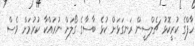
ހާފްގެ ކުރީކޮޅު ޗެލްސީން ރަނގަޅަށް ކުޅެ ބާސާގެ ގޯލަށް ނުރައްކާ ކުރުމަށް ވެސް